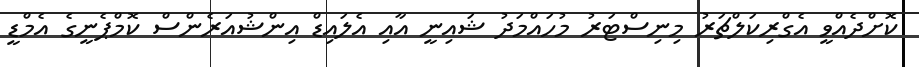
ކޮށްދެއްވީ އެގްރިކަލްޗަރު މިނިސްޓަރު މުހައްމަދު ޝައިނީ އާއި އެލައިޑް އިންޝުއަރެންސް ކޮމްޕެނީގެ އެމްޑީ